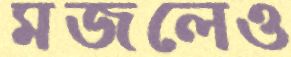
মজলেও